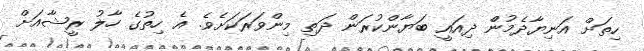
ހިތަށް އަނިޔާދެމުންް ދިއައީ ބަޔާންކުރަން ދަތި މިންވަރަކަށެވެ. އެ ހިތުގެ ހާލު ރީޝާއަށް